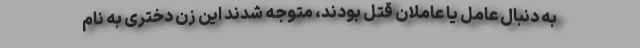
به دنبال عامل یا عاملان قتل بودند، متوجه شدند این زن دختری به نام